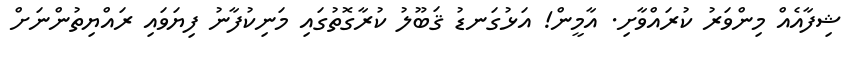
ޝިފާއެއް މިންވަރު ކުރައްވާށި. އާމީން! އަޅުގަނޑު ޤަބޫލު ކުރާގޮތުގައި މަނިކުފާނު ފިޔަވައި ރައްޔިތުންނަށް